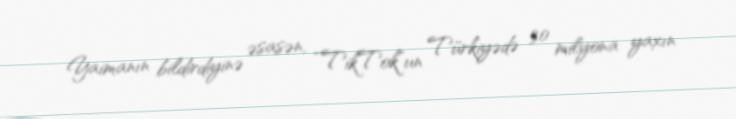
Yaimanın bildirdiyinə əsasən, “TikTok”un Türkiyədə 30 milyona yaxın